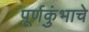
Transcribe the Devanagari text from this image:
पूर्णकुंभाचे